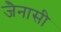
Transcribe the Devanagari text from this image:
जैनासी